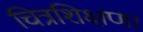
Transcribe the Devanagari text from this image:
चित्रशिक्षण।